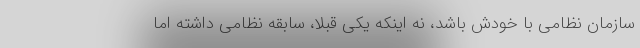
سازمان نظامی با خودش باشد، نه اینکه یکی قبلا، سابقه نظامی داشته اما